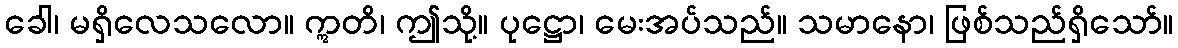
ခေါ၊ မရှိလေသလော။ ဣတိ၊ ဤသို့။ ပုဋ္ဌော၊ မေးအပ်သည်။ သမာနော၊ ဖြစ်သည်ရှိသော်။